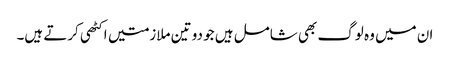
ان میں وہ لوگ بھی شامل ہیں جو دو تین ملازمتیں اکٹھی کرتے ہیں۔